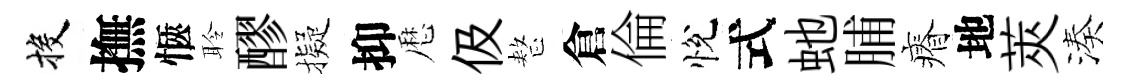
投撫愜聆醪擬抑厯伋整倉倫悅式虵脯瘠地莢湊